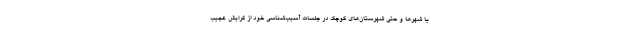
یا شهرها و حتی شهرستان‌های کوچک در جلسات آسیب‌شناسی خود از گرایش عجیب